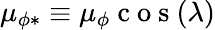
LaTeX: \mu_{\phi*}\equiv\mu_{\phi}\mathrm{~c~o~s~}(\lambda)